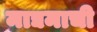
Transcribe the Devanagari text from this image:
माद्यमाची